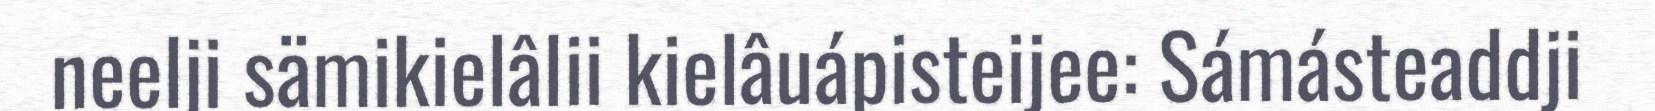
neelji sämikielâlii kielâuápisteijee: Sámásteaddji